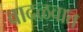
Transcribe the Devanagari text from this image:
वादळवात